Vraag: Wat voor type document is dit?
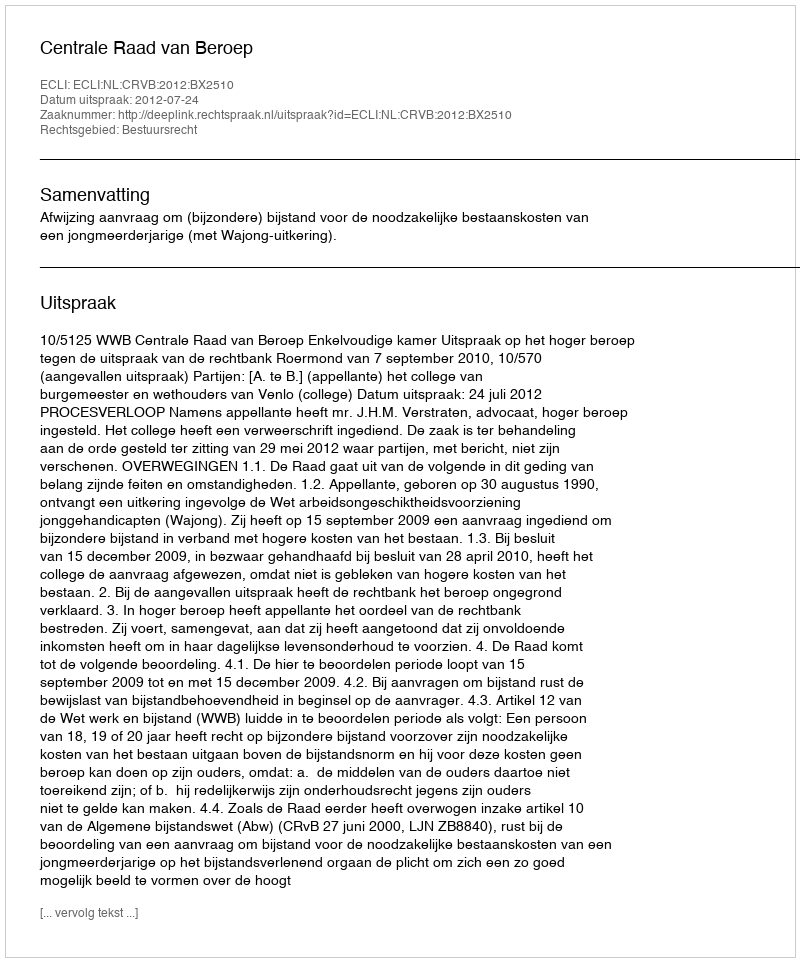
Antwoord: Uitspraak